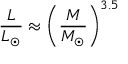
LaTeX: { \frac { L } { L _ { \odot } } } \approx { \left( { \frac { M } { M _ { \odot } } } \right) } ^ { 3 . 5 }